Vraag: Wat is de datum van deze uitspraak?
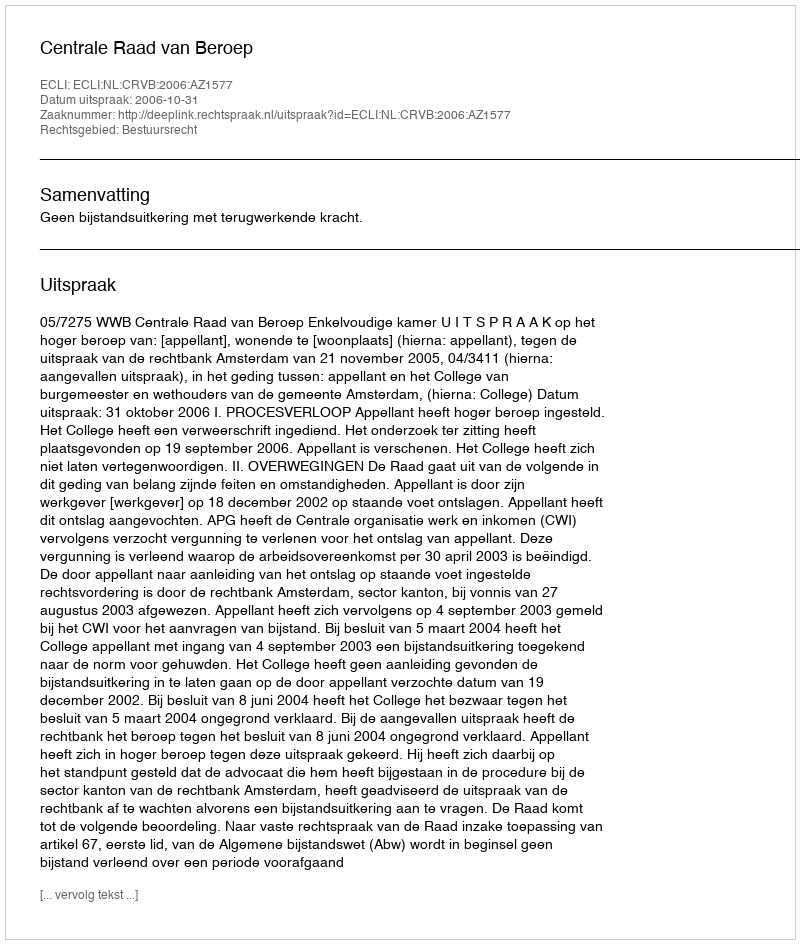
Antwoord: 2006-10-31